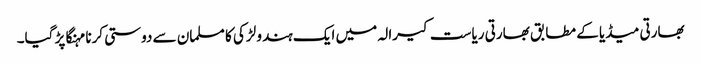
بھارتی میڈیا کے مطابق بھارتی ریاست کیرالہ میں ایک ہندو لڑکی کا مسلمان سے دوستی کرنا مہنگا پڑ گیا۔